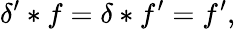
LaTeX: \delta^{\prime}*f=\delta*f^{\prime}=f^{\prime},